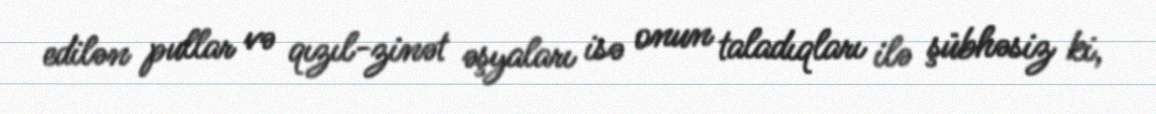
edilən pullar və qızıl-zinət əşyaları isə onun taladıqları ilə şübhəsiz ki,